Riigikantselei, lk 8
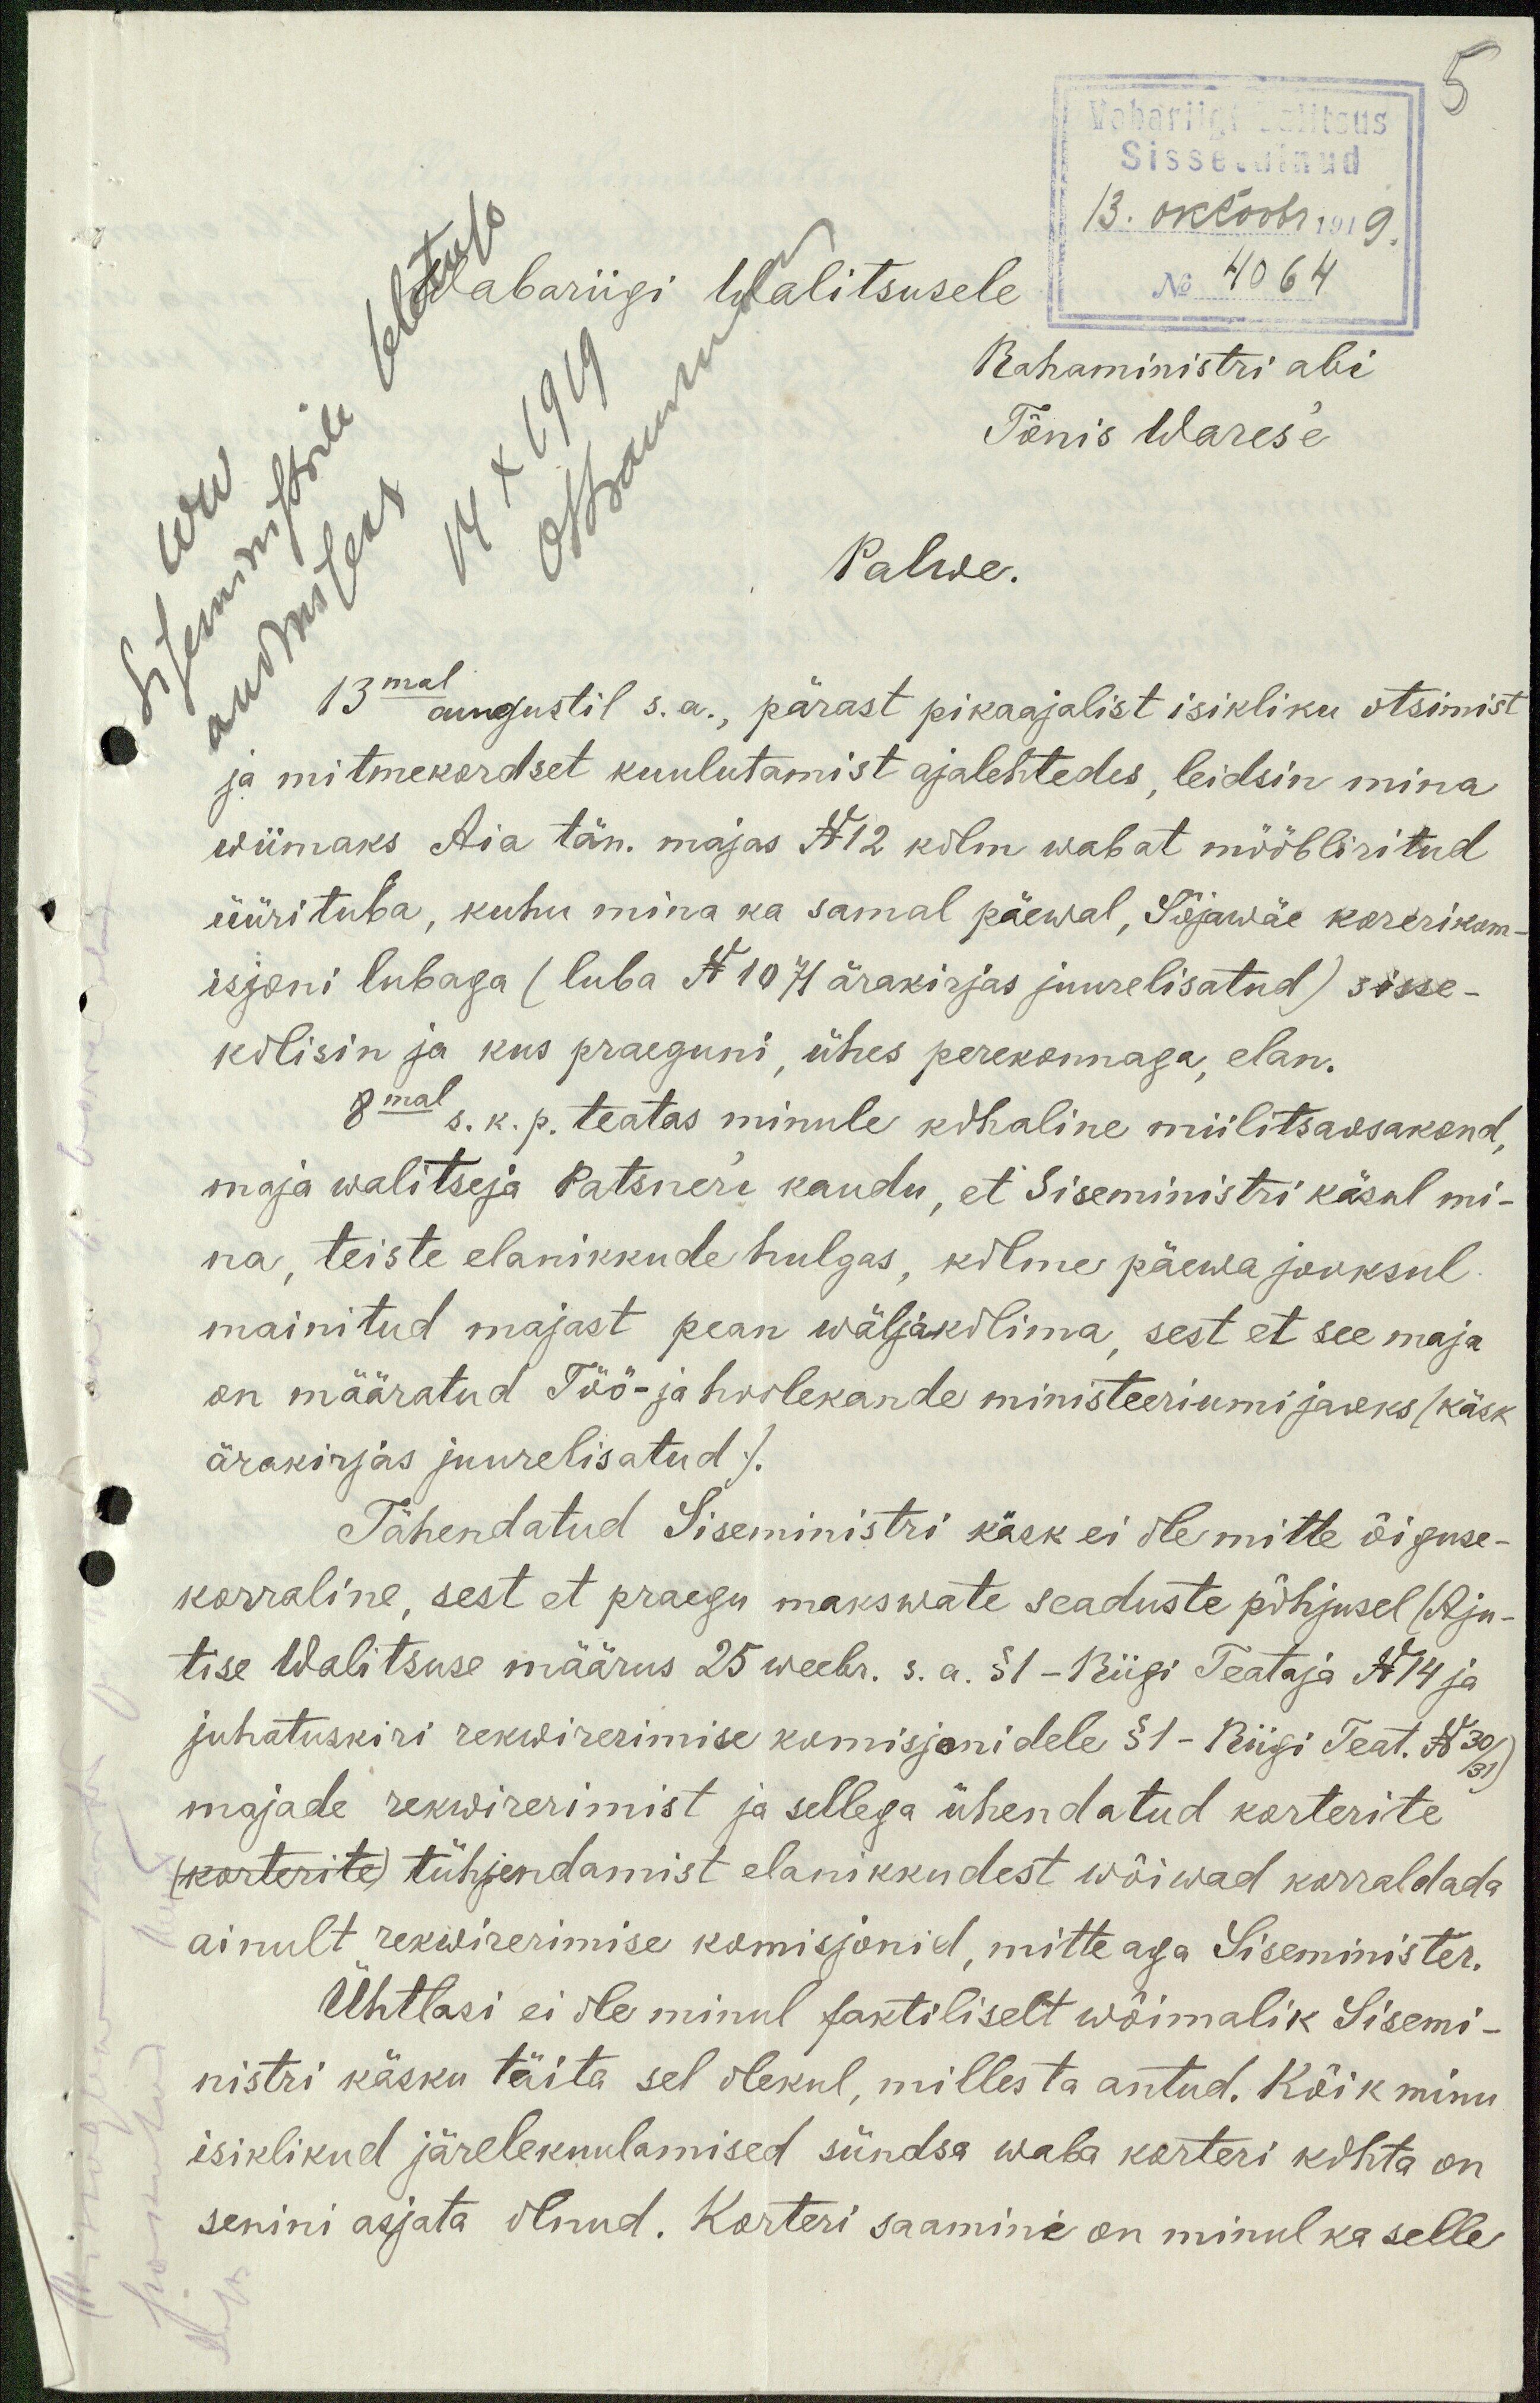
Sissetulnud
Wabariigi Walitsusele
13. oktoobr. 1919.
No 4064
14 X 1919
Rahaministri abi
Tõnis Wares'e
Palwe.
13mal augustil s.a., pärast pikaajalist isikliku otsimist
ja mitmekordset kuulutamist ajalehtedes, leidsin mina
wiimaks Aia tän. majas N12 kolm wabat mööbliritud
üürituba, kuhu mina ka samal päewal, Sõjawäe korerikom-
isjoni lubaga (luba N 1071 ärakirjas juurelisatud) sisse-
kolisin ja kus praeguni, ühes perekonnaga, elan.
8mal s. k. p. teatas minule kohaline miilitsaosakond,
maja walitseja Patsner'i kaudu, et Siseministri käsul mi-
na, teiste elanikkude hulgas, kolme päewa jooksul
mainitud majast pean wäljakolima, sest et see maja
on määratud Töö- ja hoolekande ministeeriumi jaoks (käsk
ärakirjas juurelisatud.)
Tähendatud Siseministri käsk ei ole mitte õiguse-
korraline, sest et praegu makswate seaduste põhjusel (Aju-
tise Walitsuse määrus 25 weebr. s.a. §1-Riigi Teataja N14 ja
juhatuskiri rekwirerimise komisjonidele §1- Riigi Teat. N30/31)
majade rekwirerimist ja sellega ühendatud korterite
(korterite) tühjendamist elanikkudest wõiwad korraldada
ainult rekwirerimise komisjonid, mitte aga Siseminister.
Ühtlasi ei ole minul faktiliselt wõimalik Sisemi-
nistri käsku täita sel olekul, milles ta antud. Kõik minu
isiklikud järelekuulamised sündsa waba korteri kohta on
senini asjata olnud. Korteri saamine on minul ka selle